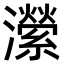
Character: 瀠